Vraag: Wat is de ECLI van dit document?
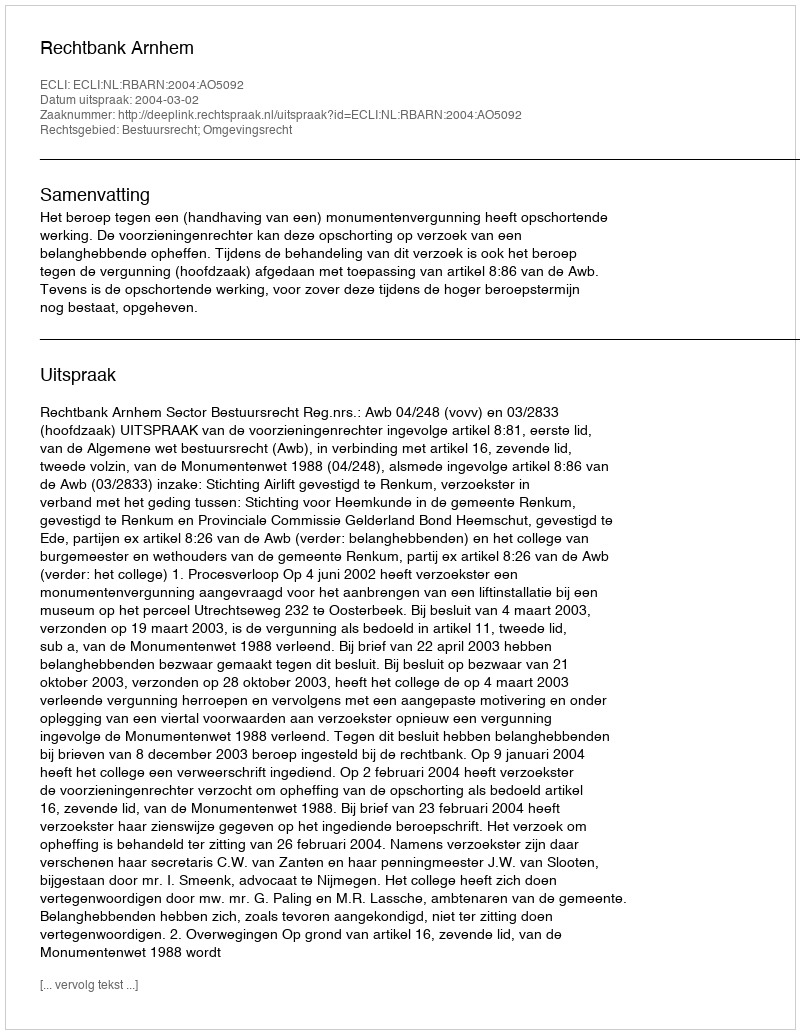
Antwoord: ECLI:NL:RBARN:2004:AO5092